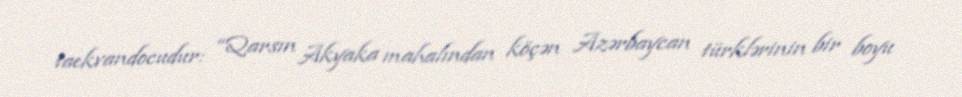
taekvandocudur: “Qarsın Akyaka mahalından köçən Azərbaycan türklərinin bir boyu